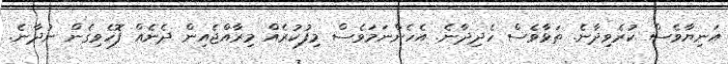
އަނިޔާވެސް ކުރެވިދާނެ. ތަޅާވެސް ހެދިދާނެ. އެހެންނަމަވެސް މިފުކުރެއް މިރާއްޖެއިން ދެނެއް ފޮހެވިގެން ނުދާނެ.